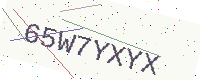
Text: 65W7YXYX